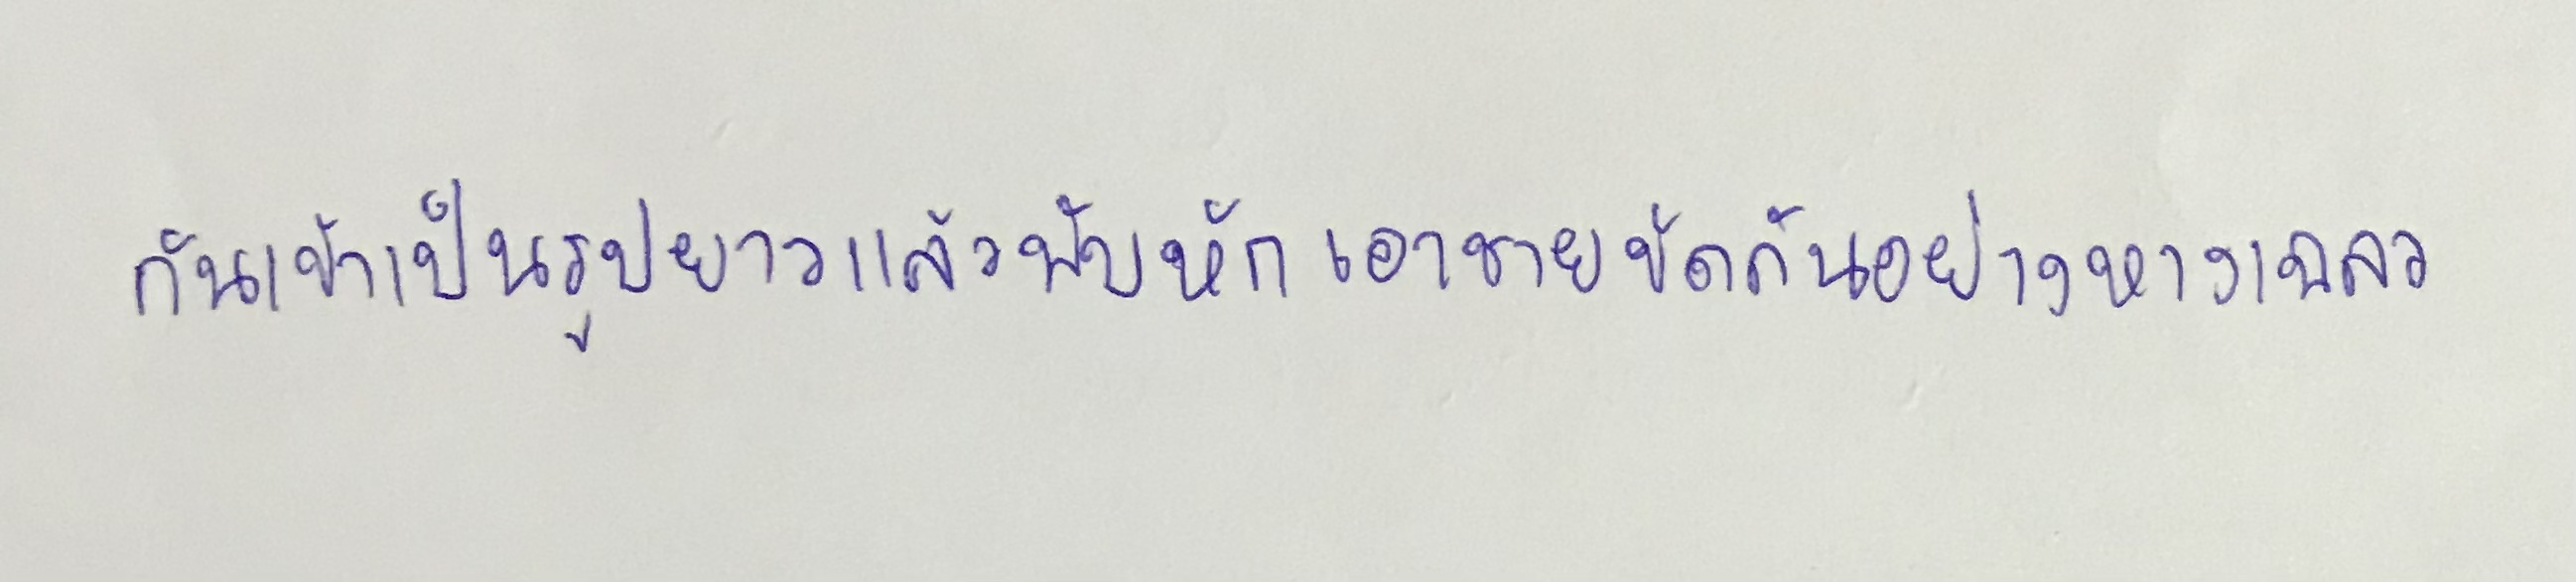
กันเข้าเป็นรูปยาวแล้วพับหักเอาชายขัดกันอย่างหางเฉลว